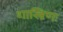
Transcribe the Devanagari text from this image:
शास्त्रिणः